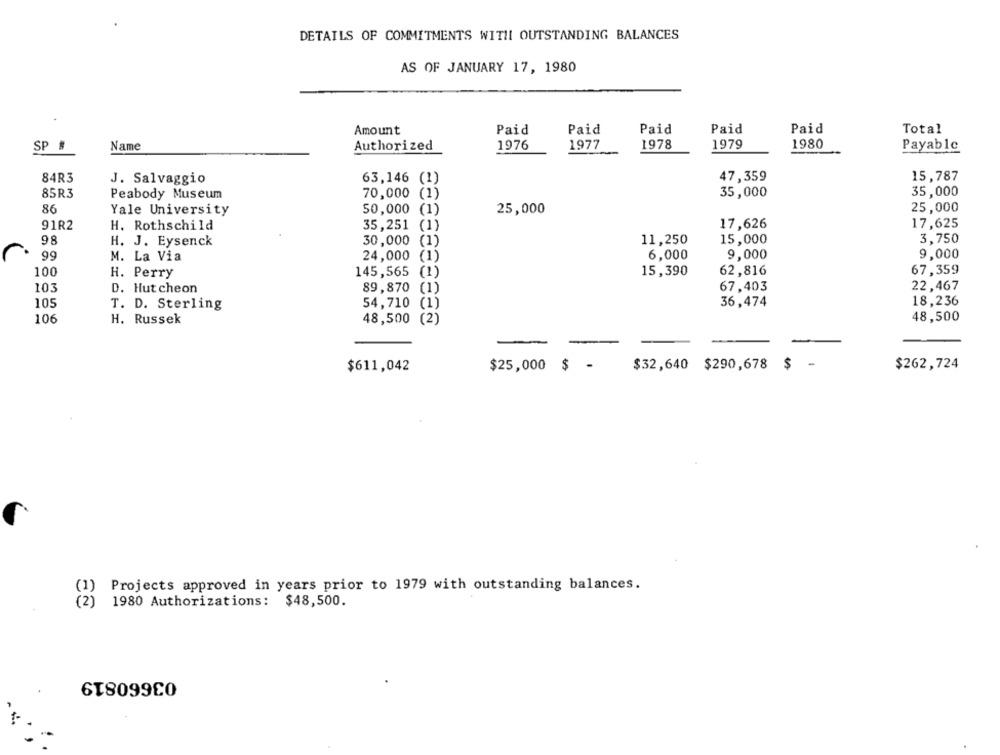
DETAILS OF COMMITMENTS WITH OUTSTANDING BALANCES
AS OF JANUARY 17, 1980
Amount
Paid
Paid
Paid
Paid
Paid
Total
SP #
Name
Authorized
1976
1977
1978
1979
1980
Payable
84R3
J. Salvaggio
63,146 (1)
47,359
15,787
85R3
Peabody Museum
70,000 (1)
35,000
35,000
86
Yale University
50,000
25,000
25,000
91R2
H. Rothschild
35,251 (1)
17,626
17,625
98
H. J. Eysenck
30,000
(1)
11,250
15,000
3,750
99
24,000
6,000
9,000
9,000
M. La Via
100
15,390
67,359
H. Perry
145,565
62,816
103
89,870
67,403
22,467
D. Hut cheon
105
36,474
18,236
T. D. Sterling
54,710 (15
48,500
106
H. Russek
48,500 (2)
-
-
$611,042
$25,000 $ -
$32,640 $290,678
$ -
$262,724
Projects approved in years prior to 1979 with outstanding balances.
(2)
1980 Authorizations: $48,500.
03660819